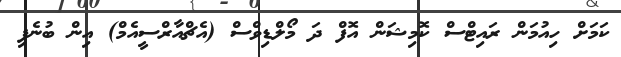
ކަމަށް ހިއުމަން ރައިޓްސް ކޮމިޝަން އޮފް ދަ މޯލްޑިވްސް (އެޗްއާރްސީއެމް) އިން ބުނެފި